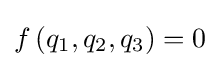
f\left(q_{1},q_{2},q_{3}\right)=0